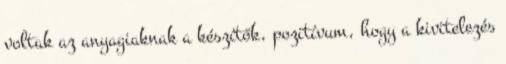
voltak az anyagiaknak a készítők, pozitívum, hogy a kivitelezés